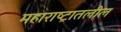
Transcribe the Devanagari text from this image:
महाराष्ट्रातलील